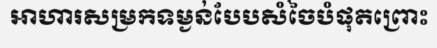
អាហារសម្រកទម្ងន់បែបសំចៃបំផុតព្រោះ